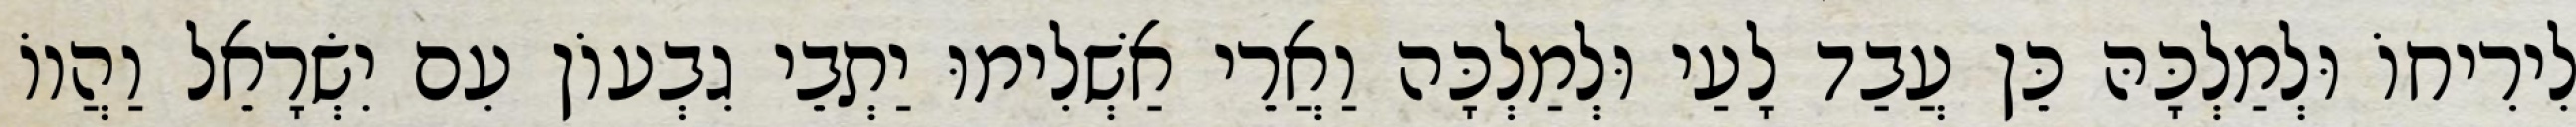
לִירִיחוֹ וּלְמַלְכָּהּ כֵּן עֲבַד לָעַי וּלְמַלְכָּה וַאֲרֵי אַשְׁלִימוּ יַתְבֵי גִבְעוֹן עִם יִשְׂרָאֵל וַהֲווֹ